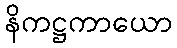
နိကဋ္ဌကာယော